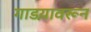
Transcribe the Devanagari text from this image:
गाडय़ावरून